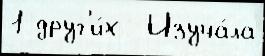
1 друг'и́х  Изуча́ла